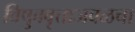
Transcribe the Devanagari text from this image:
विषुववृत्ताजवळचा